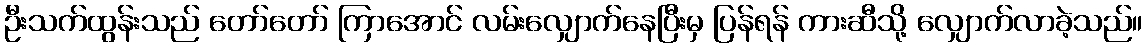
ဦးသက်ထွန်းသည် တော်တော် ကြာအောင် လမ်းလျှောက်နေပြီးမှ ပြန်ရန် ကားဆီသို့ လျှောက်လာခဲ့သည်။